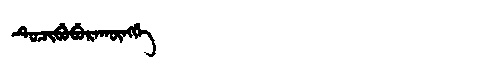
Manchu: ᡨᡠᠴᡳᠪᡠᠪᡠᡵᠠᡴᡡᠩᡤᡝ
Romanization: TUCIBUBURAKŪNGGE